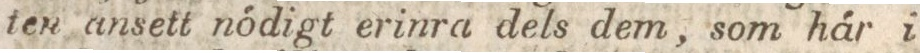
ten ansett nödigt erinra dels dem, som här i